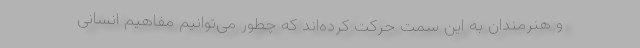
و هنرمندان به این سمت حرکت کرده‌اند که چطور می‌توانیم مفاهیم انسانی